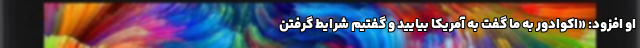
او افزود: «اکوادور به ما گفت به آمریکا بیایید و گفتیم شرایط گرفتن